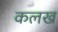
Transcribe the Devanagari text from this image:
कलख